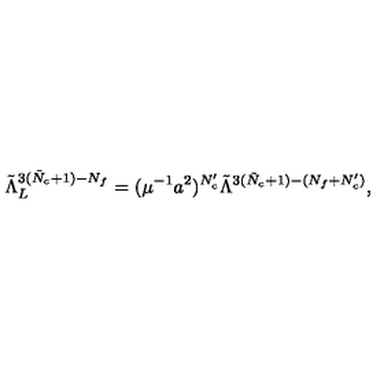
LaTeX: \tilde { \Lambda } _ { L } ^ { 3 ( \tilde { N } _ { c } + 1 ) - N _ { f } } = ( \mu ^ { - 1 } a ^ { 2 } ) ^ { N _ { c } ^ { \prime } } \tilde { \Lambda } ^ { 3 ( \tilde { N } _ { c } + 1 ) - ( N _ { f } + N _ { c } ^ { \prime } ) } ,